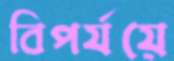
বিপর্যয়ে